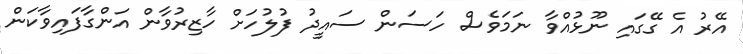
އޭރު އެ ގޭގައި ނޫޅުއްވާ ނަމަވެސް ހަސަން ސައީދު ފުލުހަށް ހާޒިރުވާން އަންގާފައިވާކަން